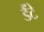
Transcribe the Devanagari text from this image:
डैंटे